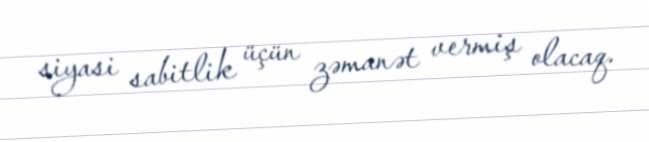
siyasi sabitlik üçün zəmanət vermiş olacaq.